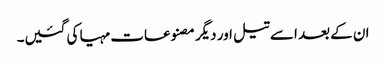
ان کے بعد اسے تیل اور دیگر مصنوعات مہیا کی گئیں۔